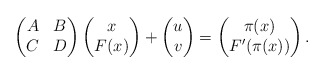
\begin{align*}\begin{pmatrix}A & B \\C & D\end{pmatrix}\begin{pmatrix}x\\F(x)\end{pmatrix}+\begin{pmatrix}u\\v\end{pmatrix}=\begin{pmatrix}\pi(x)\\F'(\pi(x))\end{pmatrix}.\end{align*}